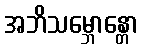
အဘိသမ္ဘောန္တော